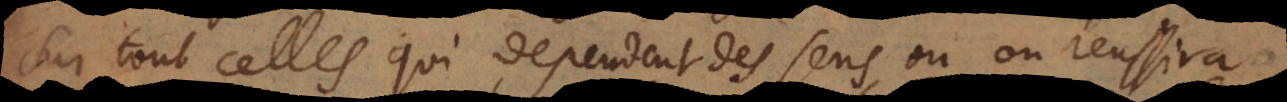
sur tout celles qui dependent des sens, où on reussira